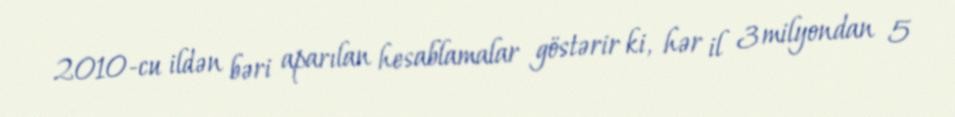
2010-cu ildən bəri aparılan hesablamalar göstərir ki, hər il 3 milyondan 5